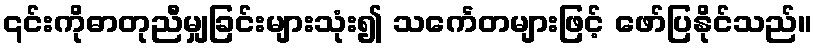
၎င်းကိုဓာတုညီမျှခြင်းများသုံး၍ သင်္ကေတများဖြင့် ဖော်ပြနိုင်သည်။